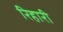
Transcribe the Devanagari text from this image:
रिहारी